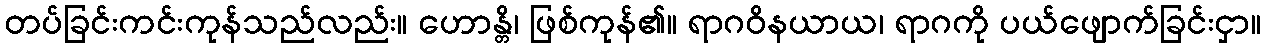
တပ်ခြင်းကင်းကုန်သည်လည်း။ ဟောန္တိ၊ ဖြစ်ကုန်၏။ ရာဂဝိနယာယ၊ ရာဂကို ပယ်ဖျောက်ခြင်းငှာ။